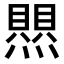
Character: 𤑄